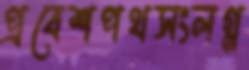
প্রবেশপথসংলগ্ন